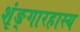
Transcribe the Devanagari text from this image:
शृंङ्गारहास्य